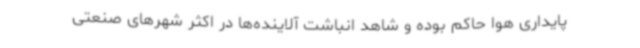
پایداری هوا حاکم بوده و شاهد انباشت آلاینده‌ها در اکثر شهرهای صنعتی